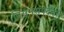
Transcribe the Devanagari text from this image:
निसर्गसंपदेवर